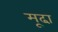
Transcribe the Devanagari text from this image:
मूढा़